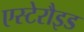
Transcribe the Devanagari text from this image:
एस्टेरौइड